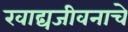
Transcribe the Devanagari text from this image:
खाद्यजीवनाचे